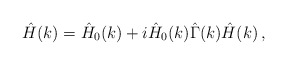
\begin{align*}\hat H(k) =\hat H_0(k) + i\hat H_0(k)\hat \Gamma (k) \hat H(k) \, ,\end{align*}